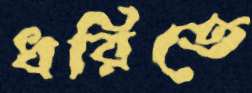
ধরিতে